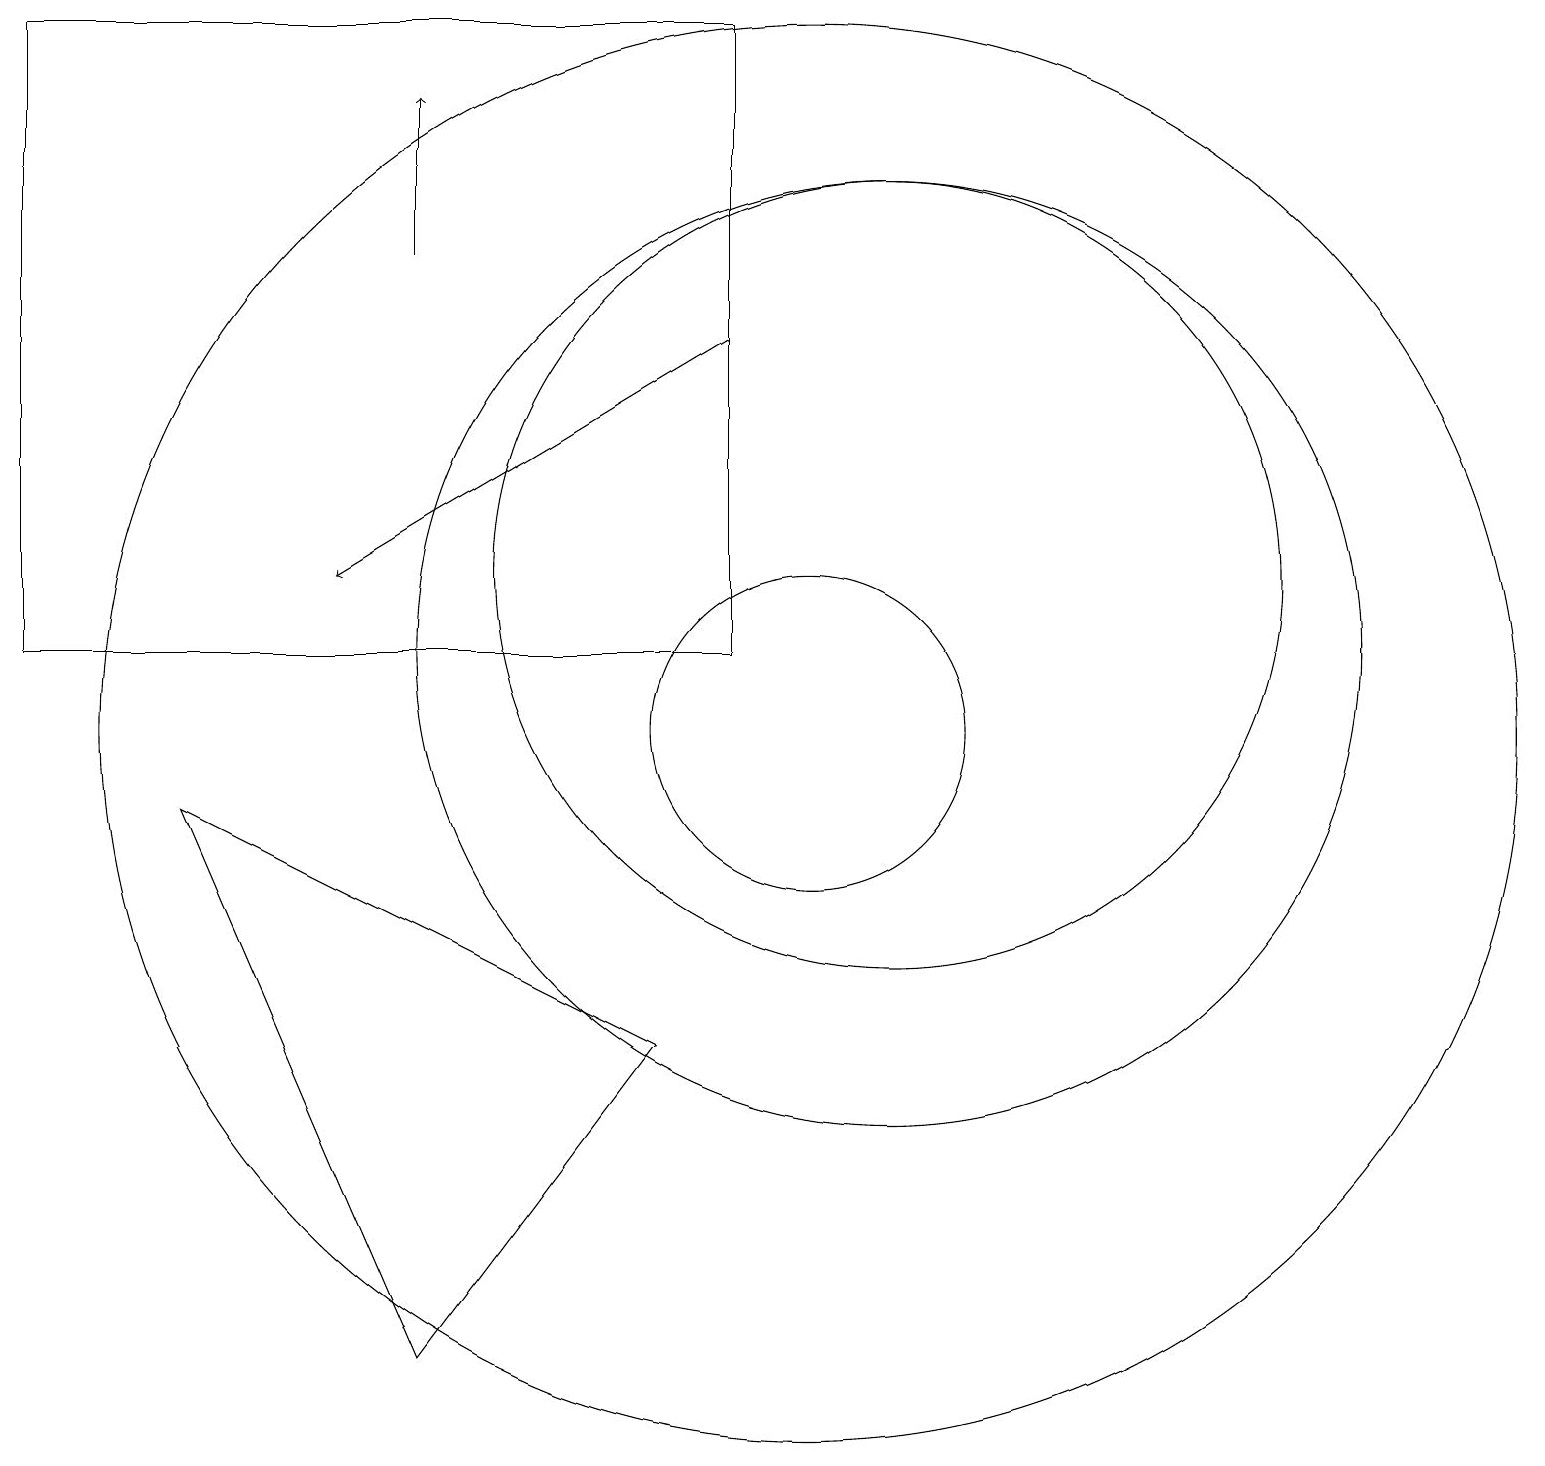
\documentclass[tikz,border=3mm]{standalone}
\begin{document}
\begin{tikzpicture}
\draw (11,11) circle (6);
\draw (11,12) circle (5);
\draw (10,10) circle (2);
\draw (10,10) circle (9);
\draw (9,19) rectangle (0,11);
\draw[->] (9,15) -- (4,12);
\draw (5,2) -- (2,9) -- (8,6) -- cycle;
\draw[->] (5,16) -- (5,18);
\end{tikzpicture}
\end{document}